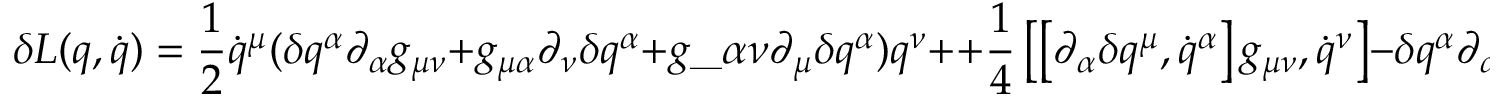
\delta L ( q , \dot { q } ) = \frac { 1 } { 2 } \dot { q } ^ { \mu } ( \delta q ^ { \alpha } \partial _ { \alpha } g _ { \mu \nu } + g _ { \mu \alpha } \partial _ { \nu } \delta q ^ { \alpha } + g \_ { \alpha \nu } \partial _ { \mu } \delta q ^ { \alpha } ) q ^ { \nu } + + \frac { 1 } { 4 } \left[ \left[ \partial _ { \alpha } \delta q ^ { \mu } , \dot { q } ^ { \alpha } \right] g _ { \mu \nu } , \dot { q } ^ { \nu } \right] - \delta q ^ { \alpha } \partial _ { \alpha } U _ { q } ( q ) \, .